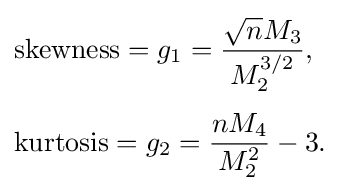
{\begin{aligned}&{\text{skewness}}=g_{1}={\frac {{\sqrt {n}}M_{3}}{M_{2}^{3/2}}},\\[4pt]&{\text{kurtosis}}=g_{2}={\frac {nM_{4}}{M_{2}^{2}}}-3.\end{aligned}}